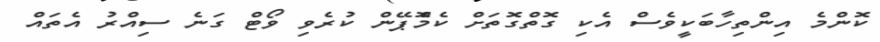
ކޮންމެ އިންތިހާބަކީވެސް އެކި ގޮތްގޮތަށް ކެމްޮޕޭން ކުރެވި ވޯޓް ގަނެ ސިއްރު އެތައް